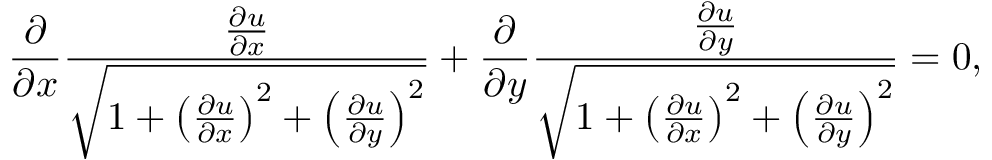
{ \frac { \partial } { \partial x } } { \frac { \frac { \partial u } { \partial x } } { \sqrt { 1 + \left( { \frac { \partial u } { \partial x } } \right) ^ { 2 } + \left( { \frac { \partial u } { \partial y } } \right) ^ { 2 } } } } + { \frac { \partial } { \partial y } } { \frac { \frac { \partial u } { \partial y } } { \sqrt { 1 + \left( { \frac { \partial u } { \partial x } } \right) ^ { 2 } + \left( { \frac { \partial u } { \partial y } } \right) ^ { 2 } } } } = 0 ,